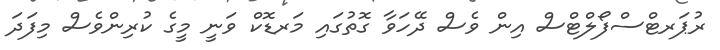
ރުޕަރޓްސްފޯލްޓްސް އިން ވެސް ދޭހަވާ ގޮތުގައި މަރޑޮކް ވަނީ މީގެ ކުރިންވެސް މިފަދަ